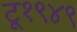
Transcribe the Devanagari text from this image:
टू१९४९